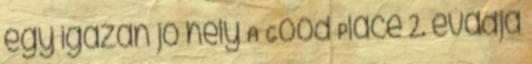
egy igazán jó hely A Good Place 2. évadja